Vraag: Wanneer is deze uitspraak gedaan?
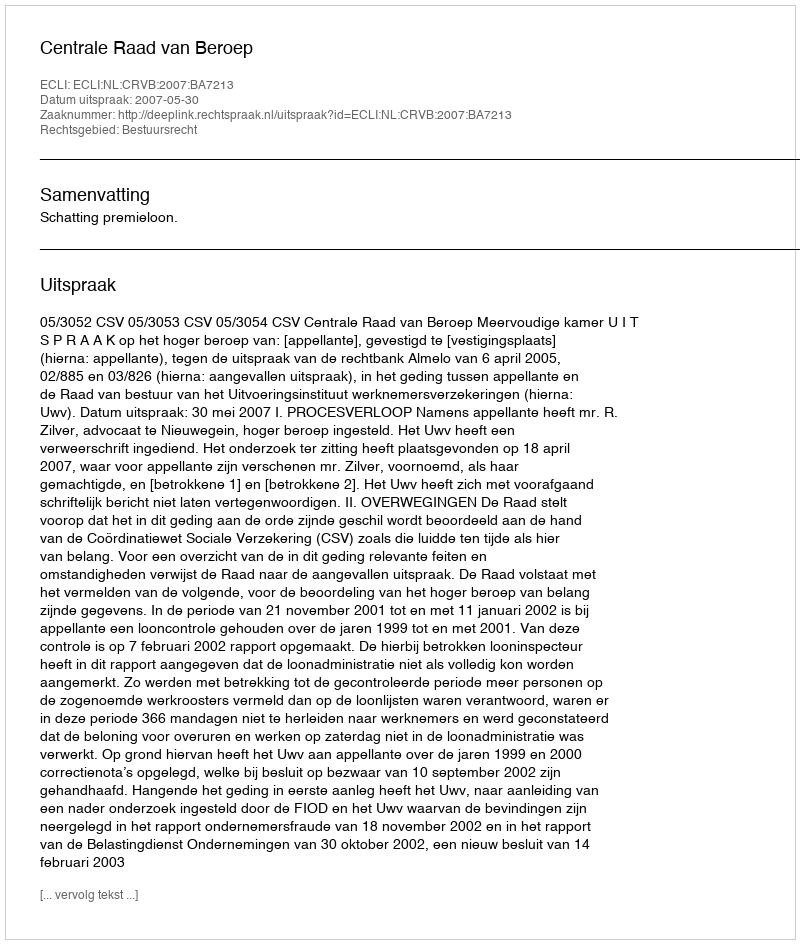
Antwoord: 2007-05-30